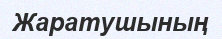
Жаратушының